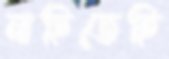
নাহিতেছি